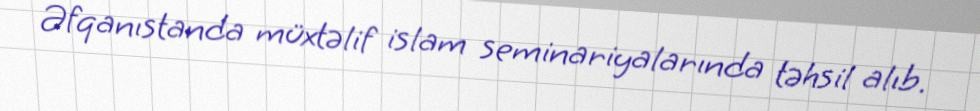
Əfqanıstanda müxtəlif islam seminariyalarında təhsil alıb.